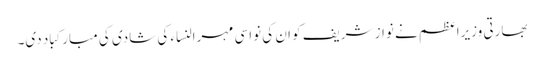
بھارتی وزیراعظم نے نواز شریف کو ان کی نواسی مہرالنساء کی شادی کی مبارکباد دی۔